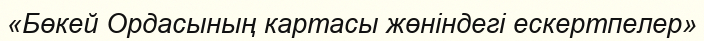
«Бөкей Ордасының картасы жөніндегі ескертпелер»